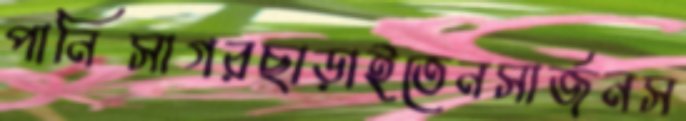
পানিসাগরছাড়াইতেনসার্জনস